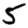
Digit: 5